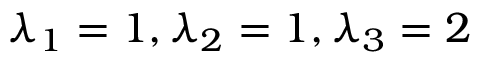
\lambda _ { 1 } = 1 , \lambda _ { 2 } = 1 , \lambda _ { 3 } = 2